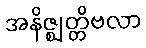
အနိဇ္ဈတ္တိဗလာ